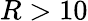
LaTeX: R>10